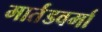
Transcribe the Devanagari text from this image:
मार्तंडवर्मा